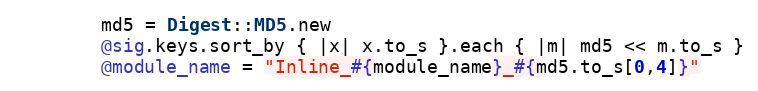
Language: Ruby
        md5 = Digest::MD5.new
        @sig.keys.sort_by { |x| x.to_s }.each { |m| md5 << m.to_s }
        @module_name = "Inline_#{module_name}_#{md5.to_s[0,4]}"